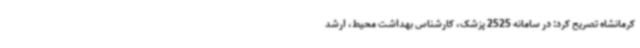
کرمانشاه تصریح کرد: در سامانه 2525 پزشک، کارشناس بهداشت محیط، ارشد